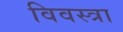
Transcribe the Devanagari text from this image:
विवस्त्रा